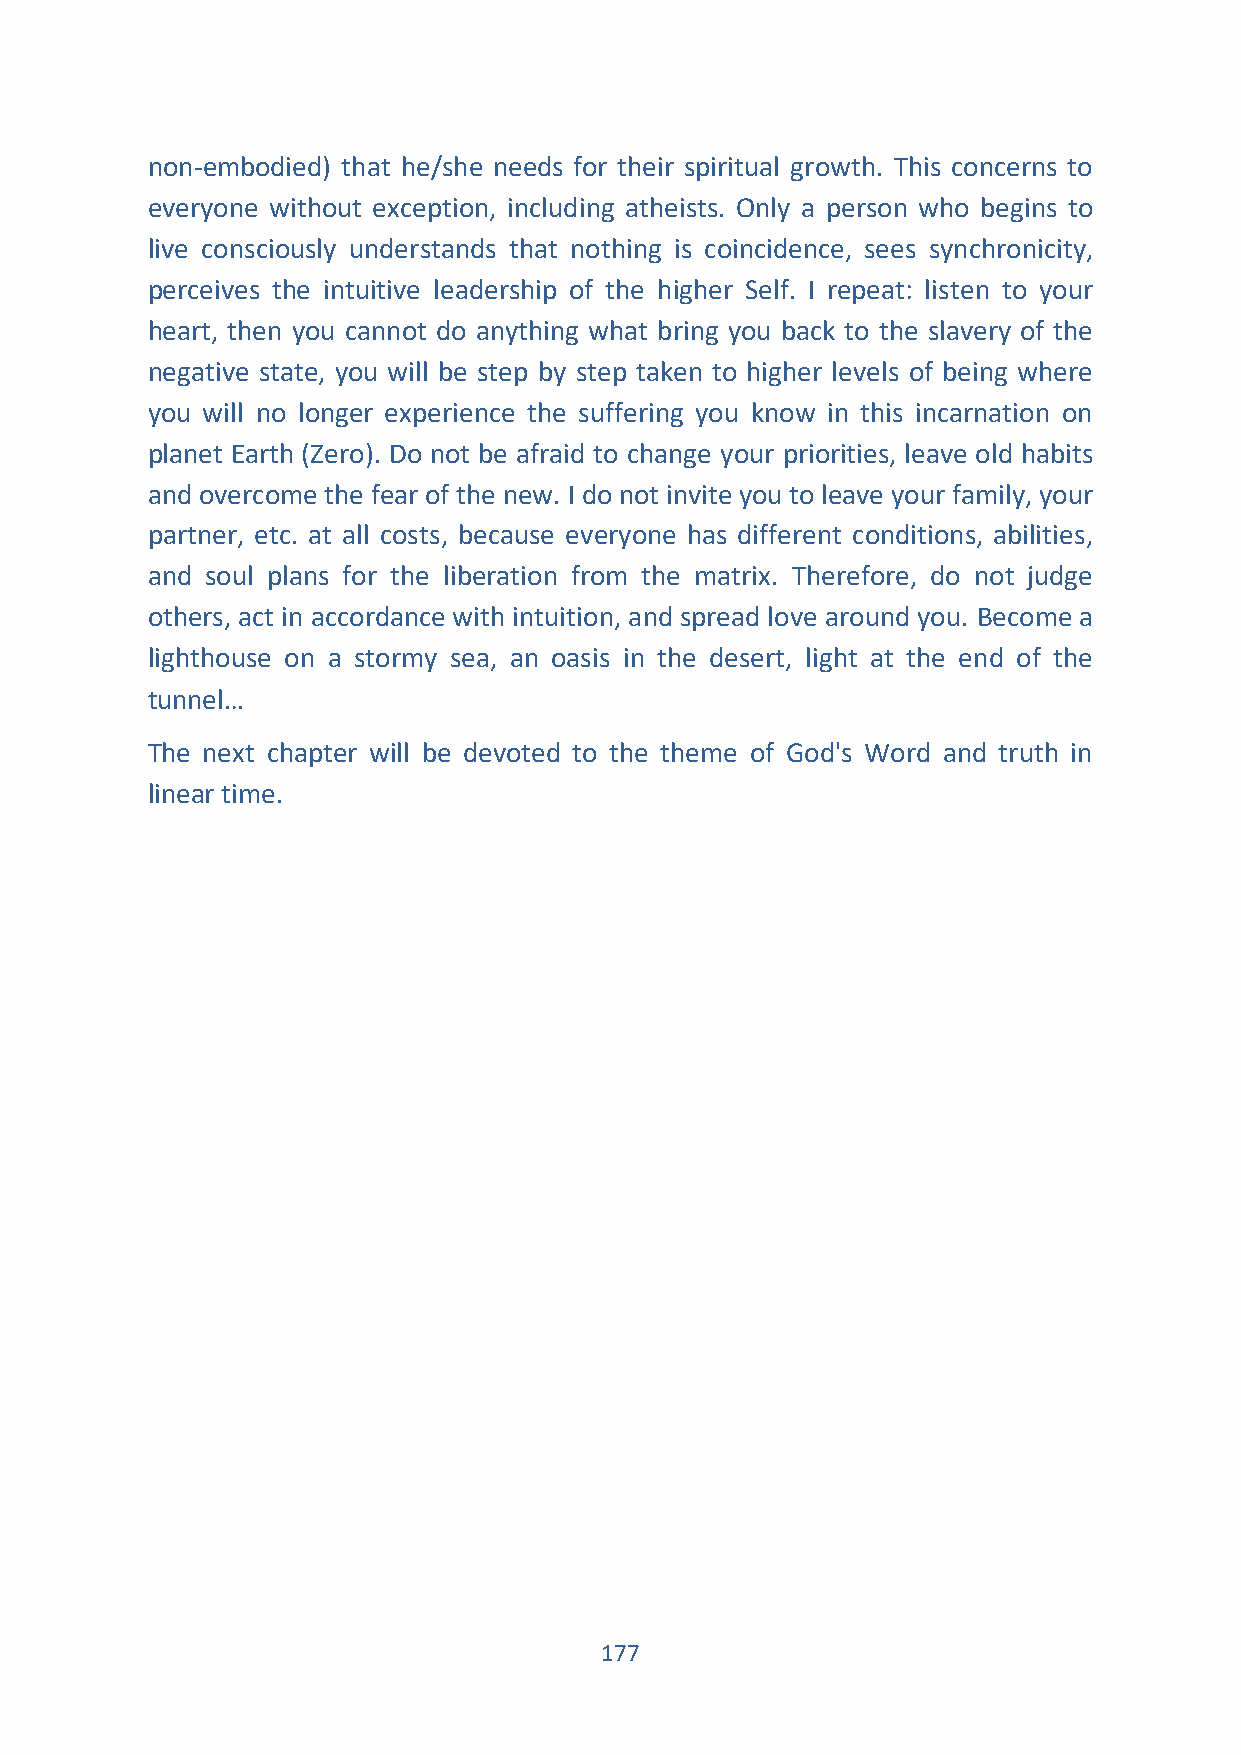
non-embodied) that he/she needs for their spiritual growth. This concerns to
 everyone without exception, including atheists. Only a person who begins to
 live consciously understands that nothing is coincidence, sees synchronicity,
 perceives the intuitive leadership of the higher Self. I repeat: listen to your
 heart, then you cannot do anything what bring you back to the slavery of the
 negative state, you will be step by step taken to higher levels of being where
 you will no longer experience the suffering you know in this incarnation on
 planet Earth (Zero). Do not be afraid to change your priorities, leave old habits
 and overcome the fear of the new. I do not invite you to leave your family, your
 partner, etc. at all costs, because everyone has different conditions, abilities,
 and soul plans for the liberation from the matrix. Therefore, do not judge
 others, act in accordance with intuition, and spread love around you. Become a
 lighthouse on a stormy sea, an oasis in the desert, light at the end of the
 tunnel…
 The next chapter will be devoted to the theme of God's Word and truth in
 linear time.
 177